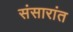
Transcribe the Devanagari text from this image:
संसारांत